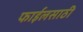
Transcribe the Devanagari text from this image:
फाईलसाठी